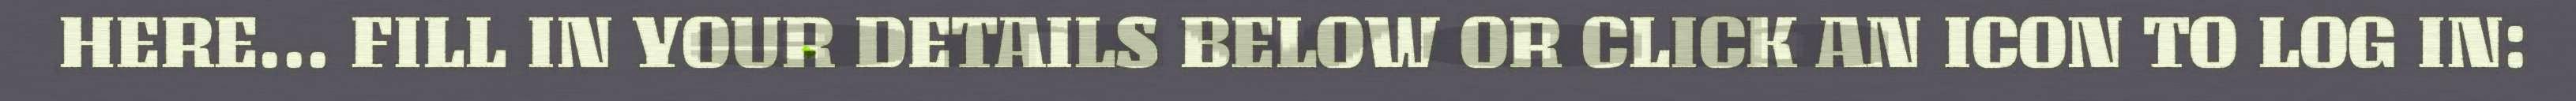
HERE... FILL IN YOUR DETAILS BELOW OR CLICK AN ICON TO LOG IN: